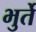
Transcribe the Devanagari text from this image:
भुर्ते